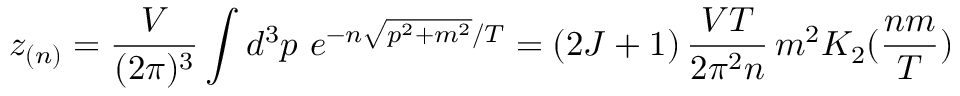
z _ { ( n ) } = \frac { V } { ( 2 \pi ) ^ { 3 } } \int d ^ { 3 } p \, \, e ^ { - n \sqrt { p ^ { 2 } + m ^ { 2 } } / T } = ( 2 J + 1 ) \, \frac { V T } { 2 \pi ^ { 2 } n } \, m ^ { 2 } K _ { 2 } ( \frac { n m } { T } )